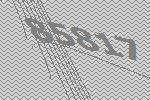
85817